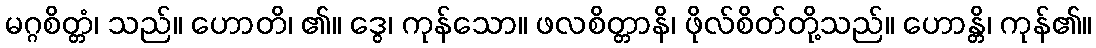
မဂ္ဂစိတ္တံ၊ သည်။ ဟောတိ၊ ၏။ ဒွေ၊ ကုန်သော။ ဖလစိတ္တာနိ၊ ဖိုလ်စိတ်တို့သည်။ ဟောန္တိ၊ ကုန်၏။